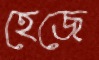
হেজে